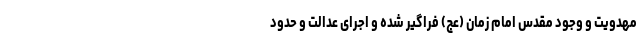
مهدویت و وجود مقدس امام زمان (عج) فراگیر شده و اجرای عدالت و حدود